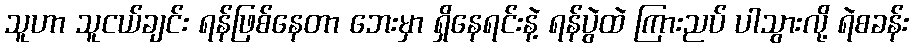
သူဟာ သူငယ်ချင်း ရန်ဖြစ်နေတာ ဘေးမှာ ရှိနေရင်းနဲ့ ရန်ပွဲထဲ ကြားညပ် ပါသွားလို့ ရဲစခန်း